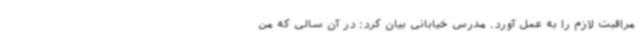
مراقبت لازم را به عمل آورد. مدرس خیابانی بیان کرد: در آن سالی که من